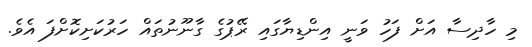
މި ހާދިސާ އަށް ފަހު ވަނީ އިންޑިޔާގައި ރޭޕުގެ ގާނޫނުތައް ހަރުކަށިކޮށްފަ އެވެ.